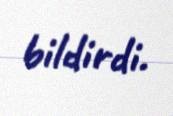
bildirdi.